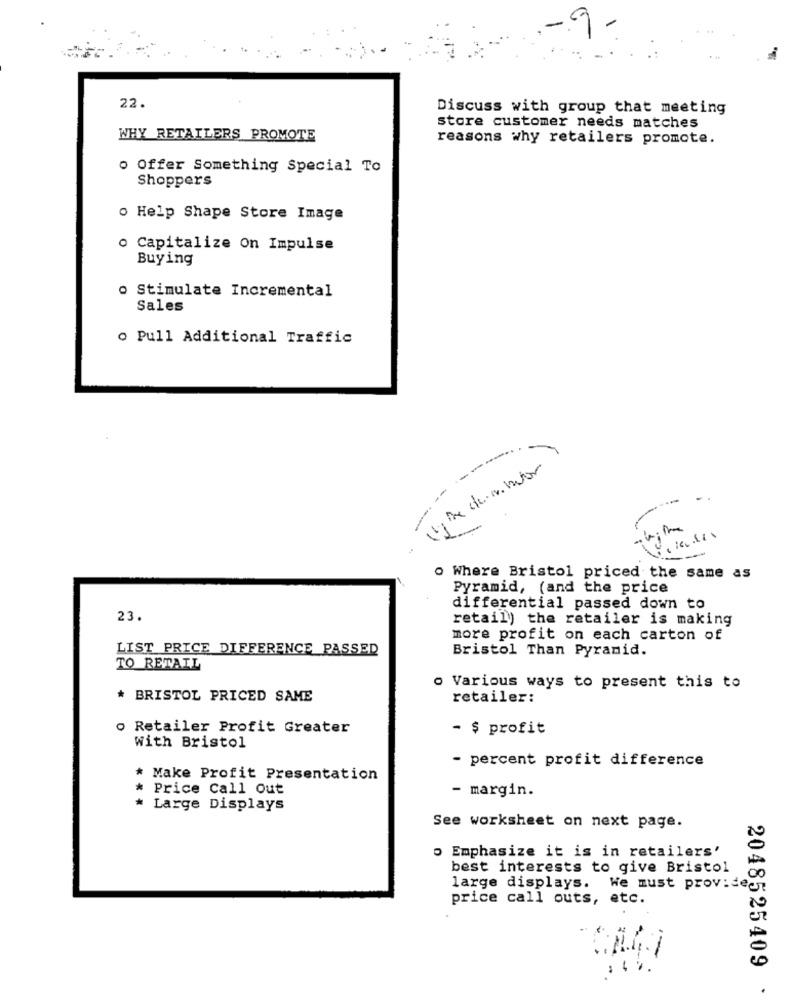
9
22.
Discuss with group that meeting
store customer needs matches
WHY RETAILERS PROMOTE
reasons why retailers promote.
o Offer Something Special To
Shoppers
o Help Shape Store Image
o Capitalize On Impulse
Buying
o Stimulate Incremental
Sales
o Pull Additional Traffic
De deautor
--
---
Where Bristol priced the same as
Pyramid, (and the price
differential passed down to
23.
retail) the retailer is making
more profit on each carton of
LIST PRICE DIFFERENCE PASSED
Bristol Than Pyramid.
TO RETAIL
o Various ways to present this to
* BRISTOL PRICED SAME
retailer:
o Retailer Profit Greater
- $ profit
With Bristol
- percent profit difference
Make Profit Presentation
* Price Call Out
- margin.
Large Displays
See worksheet on next page.
o Emphasize it is in retailers'
best interests to give Bristol
large displays. We must provideet
price call outs, etc.
2048525409